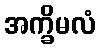
အက္ခိမလံ